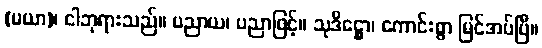
(မယာ)၊ ငါဘုရားသည်။ ပညာယ၊ ပညာဖြင့်။ သုဒိဋ္ဌော၊ ကောင်းစွာ မြင်အပ်ပြီ။